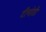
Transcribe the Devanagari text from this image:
टीमोठी